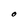
Character: O